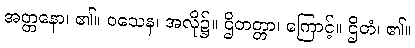
အတ္တနော၊ ၏။ ဝသေန၊ အလို၌။ ဌိတတ္တာ၊ ကြောင့်။ ဌိတံ၊ ၏။